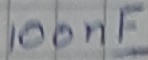
Text: 100nF